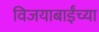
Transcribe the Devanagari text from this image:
विजयाबाईंच्या